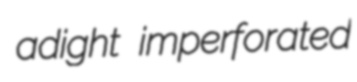
adight imperforated